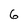
Character: 6